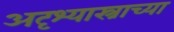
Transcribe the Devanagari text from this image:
अदृश्यास्त्राच्या